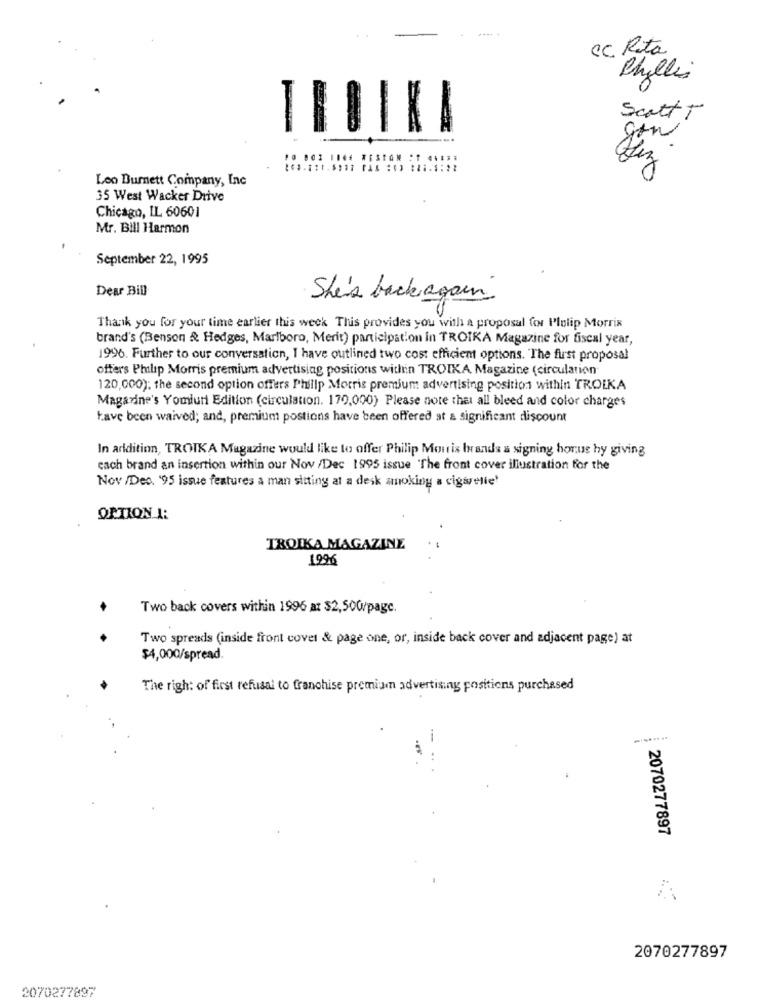
Cc. Rita
Phyllis
Scott,
gon
Leo Burnett Company, Inc
35 West Wacker Drive
Chicago, IL 60601
Mr. Bill Harmon
September 22, 1995
Dear Bill
She's back again
Thank you for your time earlier this week This provides you with a proposal for Plolip Morris
brand's (Benson & Hedges, Marlboro, Merit) participation in TROIKA Magazine for fiscal year,
1996. Further to our conversation, I have outlined two cost efficient options. The first proposal
offers Philip Morris premium advertising positions within TROIKA Magazine (circulation
120,000); the second option offers Philip Morris premium advertising position within TROIKA
Magazine's Yomiuri Edition (circulation. 170,000) Please note that all bleed and color charges
have been waived; and, premium postions have been offered at & significant discount
In addition, TROIKA Magazine would like to offer Philip Morris brands a signing bonus hy giving
each brand an insertion within our Nov /Dec 1995 issue "The front cover illustration for the
Nov /Dec. '95 issue features a man sitting at a desk smoking a cigarelie'
OPTION A:
TROIKA MAGAZINE
1996
Two back covers within 1996 at $2,500/page.
Two spreads (inside front cover & page one, or, inside back cover and adjacent page) at
$4,000/spread.
The righ: of first refusal to franchise premium advertising positions purchased
2070277897
2070277897
2070277897